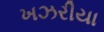
ખઝરીયા